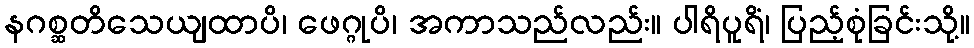
နဂစ္ဆတိသေယျထာပိ၊ ဖေဂ္ဂုပိ၊ အကာသည်လည်း။ ပါရိပူရိံ၊ ပြည့်စုံခြင်းသို့။